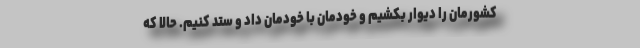
کشورمان را دیوار بکشیم و خودمان با خودمان داد و ستد کنیم. حالا که